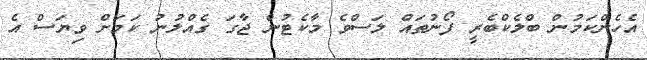
އެހެންކަމުން ބްލެކްބެރީ ފޯނުތައް ލަސްވެ މާކެޓުން ޖާގަ ގެއްލުނު ކަމަށް ވިޔަސް އެ